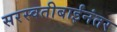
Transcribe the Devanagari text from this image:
सरस्वतीबाईंनंतर